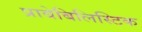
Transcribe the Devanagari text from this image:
प्राबेबिलिस्टिक